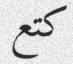
كتع